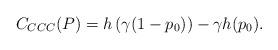
LaTeX: \begin{align*}C_{CCC}(P) = h\left( \gamma(1-p_0) \right) - \gamma h(p_0).\end{align*}